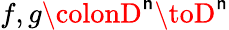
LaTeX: f,g\colonD^{\mathsf{n}}\toD^{\mathsf{n}}